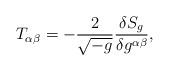
LaTeX: \begin{align*}T_{\alpha\beta} = - {2\over\sqrt{-g}} {\delta S_g\over\delta g^{\alpha\beta}},\end{align*}